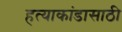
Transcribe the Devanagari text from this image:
हत्याकांडासाठी